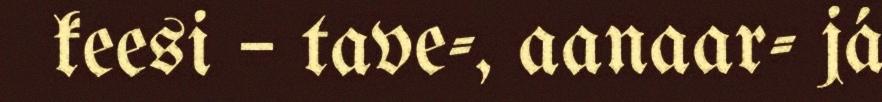
keesi – tave-, aanaar- já